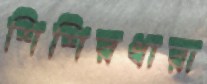
শিশিরধারা